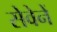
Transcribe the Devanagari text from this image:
सेवेनें